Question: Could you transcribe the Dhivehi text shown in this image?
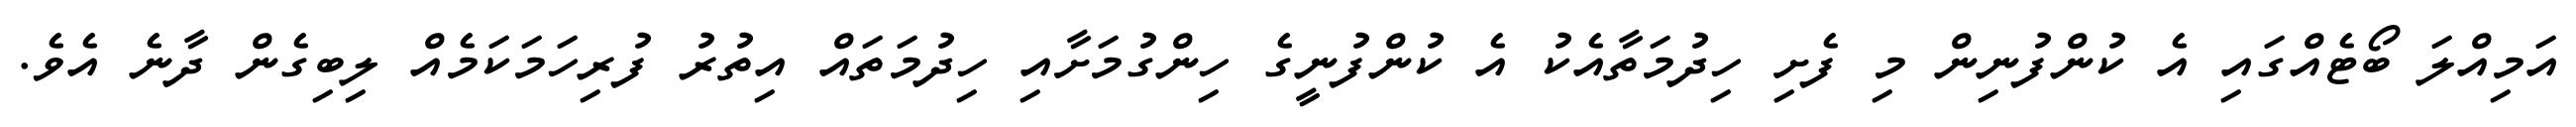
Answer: އަމިއްލަ ބޯޓެއްގައި އެ ކުންފުނިން މި ފެށި ހިދުމަތާއެކު އެ ކުންފުނީގެ ހިންގުމަށާއި ހިދުމަތައް އިތުރު ފުރިހަމަކަމެއް ލިބިގެން ދާނެ އެވެ.